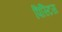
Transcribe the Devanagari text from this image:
पिस्टिस